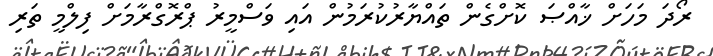
ރޯދަ މަހަށް ޚާއްޞަ ކޮށްގެން ތައްޔާރުކުރަމުން އައި ވަސްމީރު ޕްރޮގްރާމަށް ފިލްމީ ތަރި